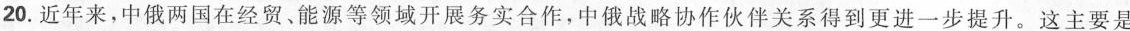
20.近年来，中俄两国在经贸、能源等领域开展务实合作，中俄战略协作伙伴关系得到更进一步提升。这主要是